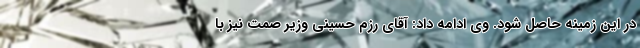
در این زمینه حاصل شود. وی ادامه داد: آقای رزم حسینی وزیر صمت نیز با